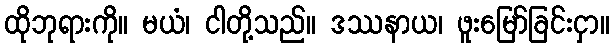
ထိုဘုရားကို။ မယံ၊ ငါတို့သည်။ ဒဿနာယ၊ ဖူးမြော်ခြင်းငှာ။